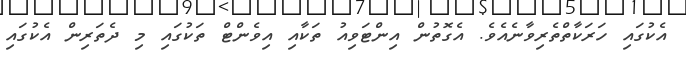
އެކުގައި ހަރަކާތްތެރިވާނެއެވެ. އެގޮތުން އިންޓަވިއު ތަކާއި އިވެންޓް ތަކުގައި މި ދެތަރިން އެކުގައި